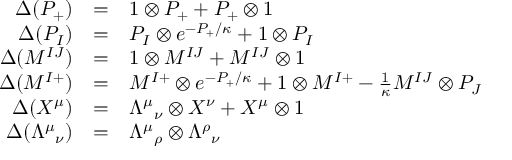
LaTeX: \begin{array} { r c l } { { \Delta ( P _ { + } ) } } & { { = } } & { { 1 \otimes P _ { + } + P _ { + } \otimes 1 } } \\ { { \Delta ( P _ { I } ) } } & { { = } } & { { P _ { I } \otimes e ^ { - P _ { + } / \kappa } + 1 \otimes P _ { I } } } \\ { { \Delta ( M ^ { I J } ) } } & { { = } } & { { 1 \otimes M ^ { I J } + M ^ { I J } \otimes 1 } } \\ { { \Delta ( M ^ { I + } ) } } & { { = } } & { { M ^ { I + } \otimes e ^ { - P _ { + } / \kappa } + 1 \otimes M ^ { I + } - \frac { 1 } { \kappa } M ^ { I J } \otimes P _ { J } } } \\ { { \Delta ( X ^ { \mu } ) } } & { { = } } & { { \Lambda ^ { \mu } { } _ { \nu } \otimes X ^ { \nu } + X ^ { \mu } \otimes 1 } } \\ { { \Delta ( \Lambda ^ { \mu } { } _ { \nu } ) } } & { { = } } & { { \Lambda ^ { \mu } { } _ { \rho } \otimes \Lambda ^ { \rho } { } _ { \nu } } } \end{array}